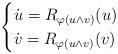
LaTeX: \begin{align*}\begin{cases} \dot u = R_{\varphi(u\wedge v)}(u) \\ \dot v = R_{\varphi(u\wedge v)}(v) \end{cases}\end{align*}